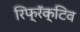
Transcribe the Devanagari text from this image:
रिफ्रॅक्टिव